Calcutta medical institutions reports 1871-78
Year: 1871
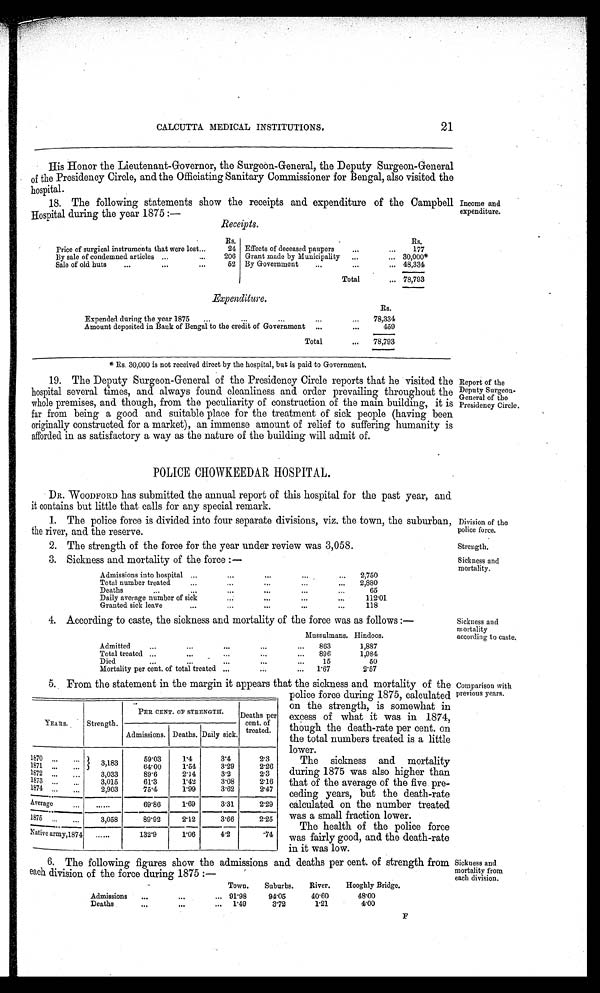
Division of the
police force.
Strength.
Sickness and
mortality.
21
CALCUTTA MEDICAL INSTITUTIONS.
His Honor the Lieutenant-Governor, the Surgeon-General, the Deputy Surgeon-General
of the Presidency Circle, and the Officiating Sanitary Commissioner for Bengal, also visited the
hospital.
18. The following statements show the receipts and expenditure of the Campbell
Hospital during the year 1875:—
R e c e i p t s .
Rs.
R s .
Price of surgical instruments that were lost
24 Effects of deceased paupers
177
By sale of condemned articles
206 Grant made by Municipality
30,000*
S a l e o f o l d h u t s 52 By Government
48,334
Total
78,793
Expenditure.
Rs.
Expended during the year 1875
78,334
Amount deposited in Bank of Bengal to the credit of Government
459
Total
78,793
* Rs. 30,000 is not received direct by the hospital, but is paid to Government.
19. The Deputy Surgeon-General of the Presidency Circle reports that he visited the
hospital several times, and always found cleanliness and order prevailing throughout the
whole premises, and though, from the peculiarity of construction of the main building, it is
far from being a good and suitable place for the treatment of sick people (having been
originally constructed for a market), an immense amount of relief to suffering humanity is
afforded in as satisfactory a way as the nature of the building will admit of.
POLICE CHOWKEEDAR HOSPITAL.
DR. WOODFORD has submitted the annual report of this hospital for the past year, and
it contains but little that calls for any special remark.
1. The police force is divided into four separate divisions, viz. the town, the suburban,
the river, and the reserve.
2. The strength of the force for the year under review was 3,058.
3. Sickness and mortality of the force :—
A d m i s s i o n s i n t o H o s p i t a l
2,750
Total number treated
2,880
Deaths
65
Daily average number of sick
1 1 2 . 0 1
Granted sick leave
118
4. According to caste, the sickness and mortality of the force was as follows :—
Mussulmans. Hindoos.
Admitted
863
1,887
T o t a l t r e a t e d
896
1,984
D i e d
15
50
Mortality per cent. of total treated
1.67
2 . 5 7
5. From the statement in the margin it appears that the sickness and mortality of the
police force during 1875, calculated
on the strength, is somewhat in
excess of what it was in 1874,
though the death-rate per cent. on
the total numbers treated is a little
lower.
The sickness and mortality
during 1875 was also higher than
that of the average of the five pre
- c e d i n g y e a r s , b u t t h e d e a t h - r a t e
calculated on the number treated
was a small fraction lower.
The health of the police force
was fairly good, and the death-rate
in it was low.
YEARS. Strength.
PER CENT. OF STRENGTH.
Deaths p
er cent of
treated.
Admissions. Deaths. Daily sick
.
1870
3,183
59.03 1.4
3.4
2.3
1871
6 4 . 0 0 1.54
3.29
2.26
1872
3,033
89.6
2.14
3.2
2.3
1873
3,015
61.3 1.42
3.08
2.16
1874
2,903
75.4
1.99
3.62
2.47
Average
69.86 1.69
3.31
2.29
1875
3,058
89.92
2 . 1 2
3.66
2.25
Native army,1874
132.9 1.06
4.2 .74
Income and
expenditure.
Report of the
Deputy Surgeon-
General of the
Presidency Circle.
Sickness and
mortality
according to caste.
Comparison with
previous years.
6. The following figures show the admissions and deaths per cent. of strength from
each division of the force during 1875 :—
Town. Suburbs. River. Hooghly Bridge.
Admissions
91.98 94.05
40.60
48.00
Deaths
1.49 3.72
1.21
4.00
Sickness and
mortality from
each division.
F